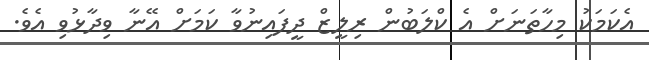
އެކަމަކު މިހާތަނަށް އެ ކްލަބުން ރިލީޒް ދީފައިނުވާ ކަމަށް އޭނާ ވިދާޅުވި އެވެ.